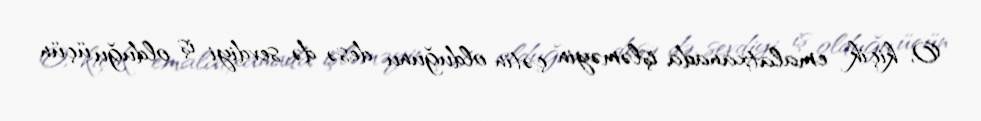
O, kiçik emalatxanada işləməyin çətin olduğunu desə də, sevdiyi iş olduğu üçün